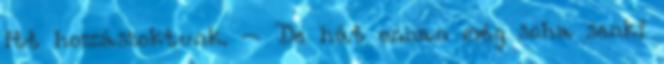
itt hozzászoktunk. – De hát onnan még soha senki